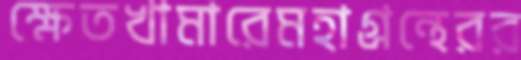
ক্ষেতখামারেমহাগ্রন্থেরর